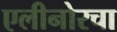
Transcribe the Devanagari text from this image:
एलीनोरचा